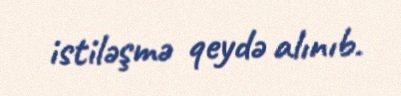
istiləşmə qeydə alınıb.